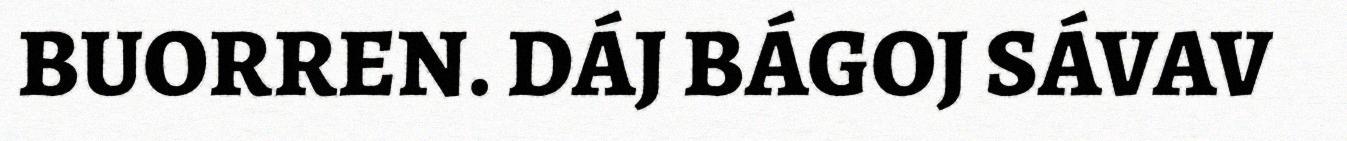
BUORREN. DÁJ BÁGOJ SÁVAV